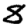
Digit: 8